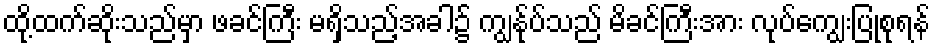
ထို့ထက်ဆိုးသည်မှာ ဖခင်ကြီး မရှိသည့်အခါ၌ ကျွန်ုပ်သည် မိခင်ကြီးအား လုပ်ကျွေးပြုစုရန်